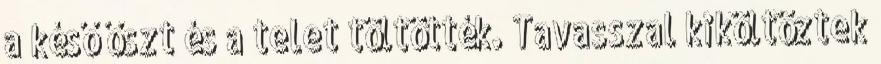
a késő őszt és a telet töltötték. Tavasszal kiköltöztek